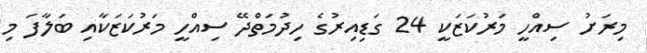
މިރަށު ސިއްހީ މަރުކަޒަކީ 24 ގަޑިއިރުގެ ހިދުމަތްދޭ ސިއްހީ މަރުކަޒަކާއި ބަލާފަ މި